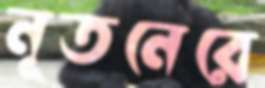
নূতনেরে